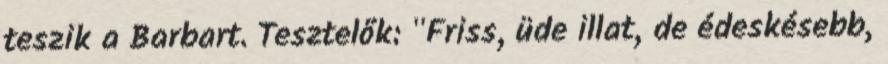
teszik a Barbart. Tesztelők: "Friss, üde illat, de édeskésebb,